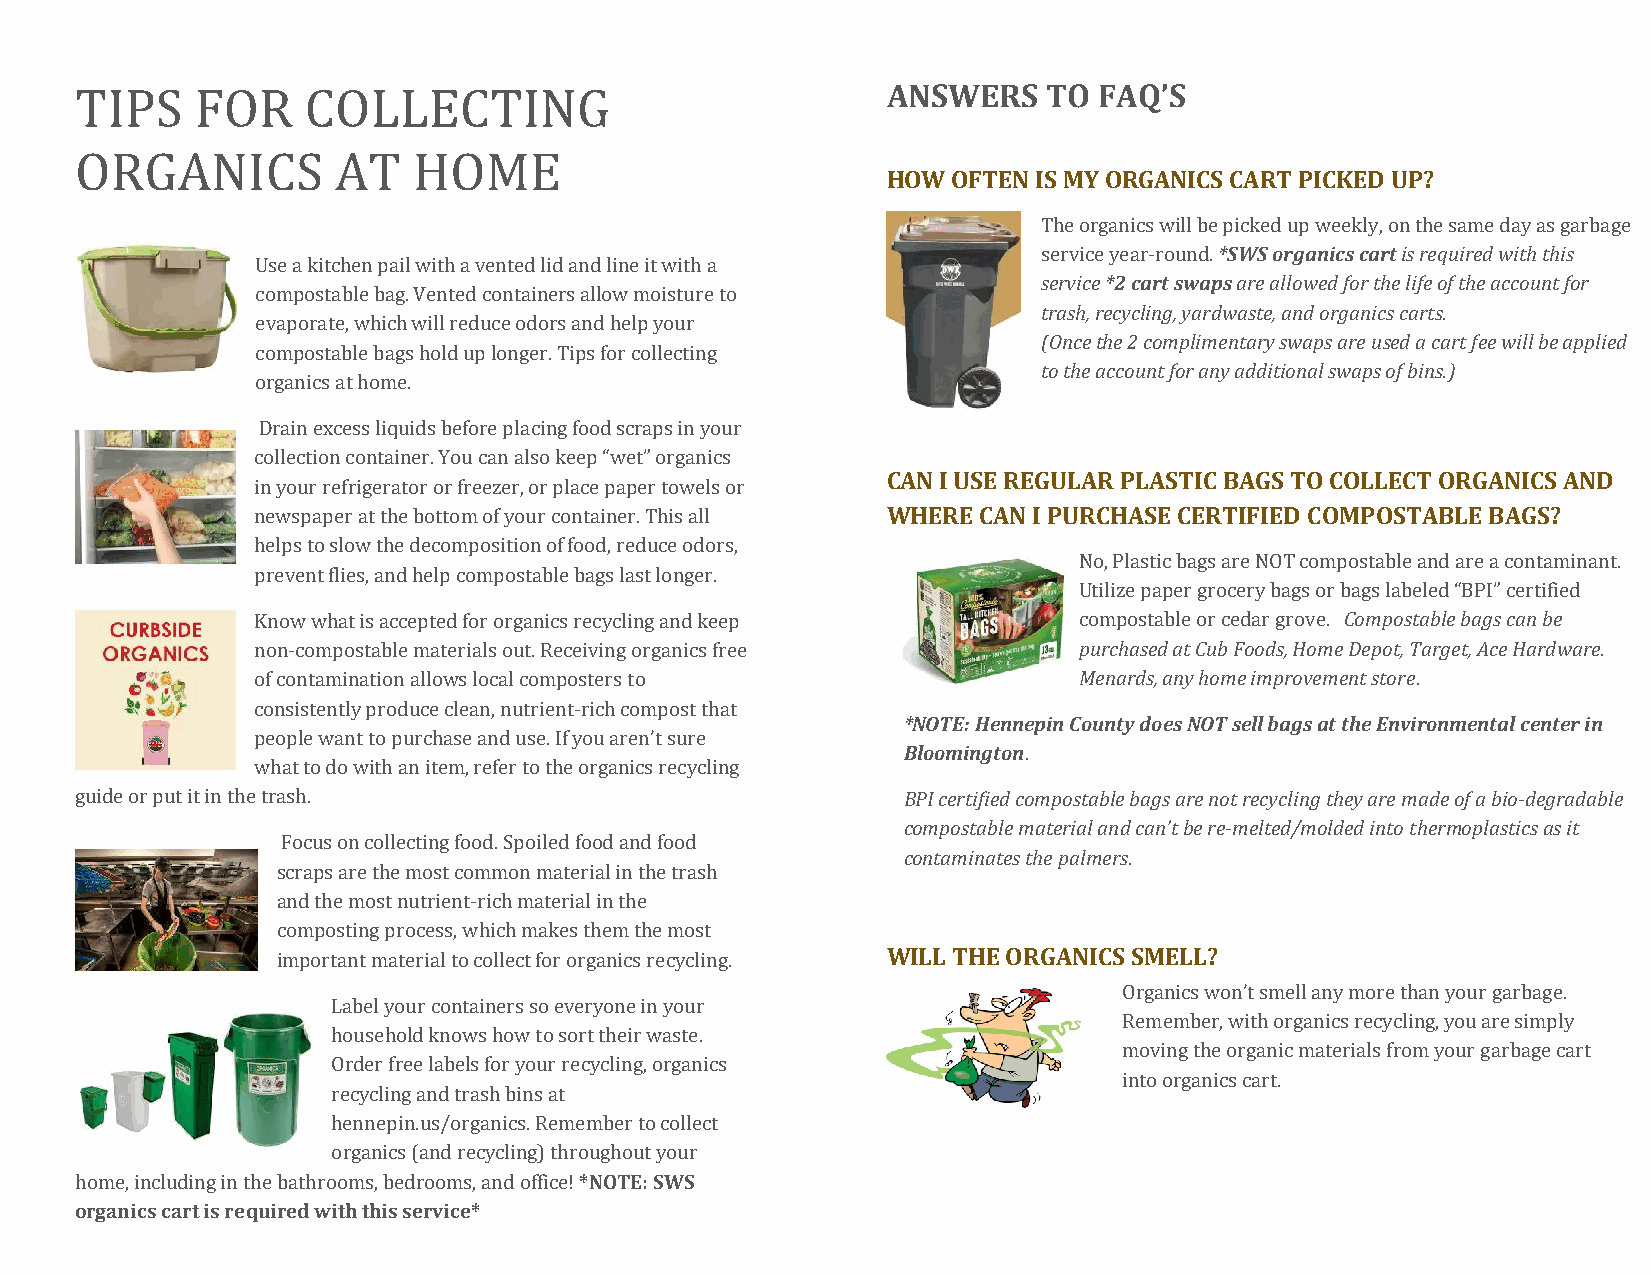
TIPS    FOR    COLLECTING                             ANSWERS   TO  FAQ’S
 ORGANICS         AT   HOME
 HOW OFTEN IS MY ORGANICS CART PICKED UP?
 The organics will be picked up weekly, on the same day as garbage
 service year-round. *SWS organics cart is required with this
 Use a kitchen pail with a vented lid and line it with a
 service *2 cart swaps are allowed for the life of the account for
 compostable bag. Vented containers allow moisture to
 trash, recycling, yardwaste, and organics carts.
 evaporate, which will reduce odors and help your
 (Once the 2 complimentary swaps are used a cart fee will be applied
 compostable bags hold up longer. Tips for collecting
 to the account for any additional swaps of bins.)
 organics at home.
 Drain excess liquids before placing food scraps in your
 collection container. You can also keep “wet” organics
 CAN I USE REGULAR PLASTIC BAGS TO COLLECT ORGANICS AND
 in your refrigerator or freezer, or place paper towels or
 newspaper at the bottom of your container. This all WHERE CAN I PURCHASE CERTIFIED COMPOSTABLE BAGS?
 helps to slow the decomposition of food, reduce odors,
 No, Plastic bags are NOT compostable and are a contaminant.
 prevent flies, and help compostable bags last longer.
 Utilize paper grocery bags or bags labeled “BPI” certified
 Know what is accepted for organics recycling and keep compostable or cedar grove. Compostable bags can be
 non-compostable materials out. Receiving organics free purchased at Cub Foods, Home Depot, Target, Ace Hardware.
 of contamination allows local composters to           Menards, any home improvement store.
 consistently produce clean, nutrient-rich compost that
 *NOTE: Hennepin County does NOT sell bags at the Environmental center in
 people want to purchase and use. If you aren’t sure
 Bloomington.
 what to do with an item, refer to the organics recycling
 guide or put it in the trash.                          BPI certified compostable bags are not recycling they are made of a bio-degradable
 compostable material and can’t be re-melted/molded into thermoplastics as it
 Focus on collecting food. Spoiled food and food
 contaminates the palmers.
 scraps are the most common material in the trash
 and the most nutrient-rich material in the
 composting process, which makes them the most
 important material to collect for organics recycling. WILL THE ORGANICS SMELL?
 Organics won’t smell any more than your garbage.
 Label your containers so everyone in your
 Remember, with organics recycling, you are simply
 household knows how to sort their waste.
 moving the organic materials from your garbage cart
 Order free labels for your recycling, organics
 into organics cart.
 recycling and trash bins at
 hennepin.us/organics. Remember to collect
 organics (and recycling) throughout your
 home, including in the bathrooms, bedrooms, and office! *NOTE: SWS
 organics cart is required with this service*